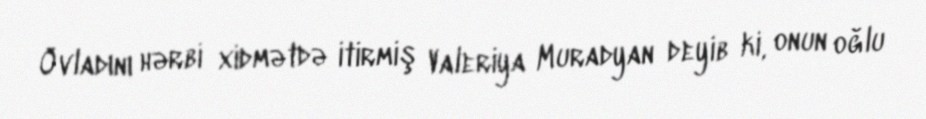
Övladını hərbi xidmətdə itirmiş Valeriya Muradyan deyib ki, onun oğlu